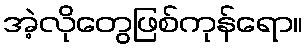
အဲ့လိုတွေဖြစ်ကုန်ရော။